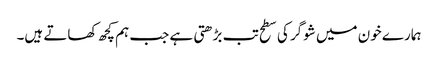
ہمارے خون میں شوگر کی سطح تب بڑھتی ہے جب ہم کچھ کھاتے ہیں۔